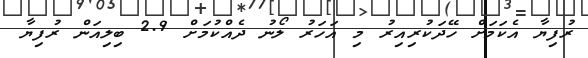
ރުފިޔާ އެކަމަށް ހޭދަކުރިއިރު މި އަހަރު ލޯނު ދެއްކުމަށް 2.9 ބިލިއަން ރުފިޔާ